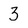
Character: 3